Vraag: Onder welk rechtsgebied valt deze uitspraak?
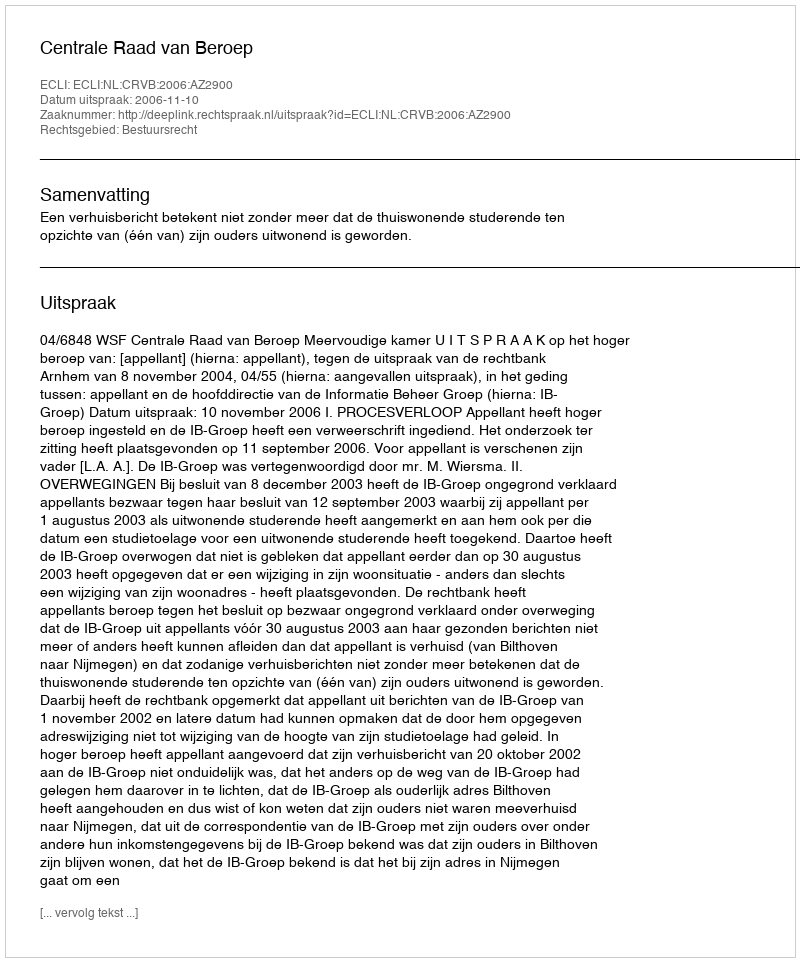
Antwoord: Bestuursrecht